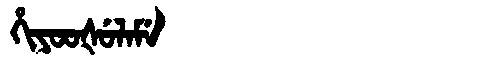
Manchu: ᡥᡳᠶᠣᠣᡧᡠᠯᠠᠮᡝ
Romanization: HIYOOŠULAME